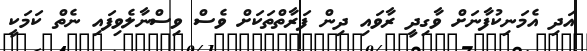
އަދި އެމަނިކުފާނަށް ވާގިދީ ރާވައި ދިން ފަރާތްތަކަށް ވެސް ވިސްނާލެވިފައި ނެތް ކަމަކީ